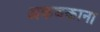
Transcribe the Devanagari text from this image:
अकबकाना